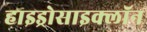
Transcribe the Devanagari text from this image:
हाइड्रोसाइक्लॉन